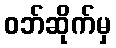
ဝဘ်ဆိုက်မှ